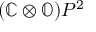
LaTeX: ( \mathbb { C } \otimes \mathbb { O } ) P ^ { 2 }